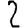
Digit: 2